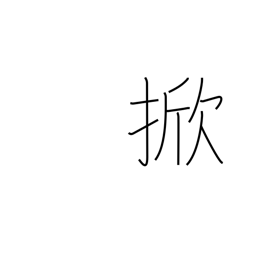
Meaning: hoist